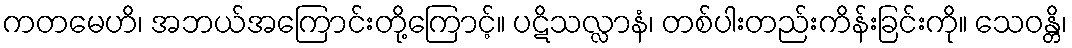
ကတမေဟိ၊ အဘယ်အကြောင်းတို့ကြောင့်။ ပဋိသလ္လာနံ၊ တစ်ပါးတည်းကိန်းခြင်းကို။ သေဝန္တိ၊